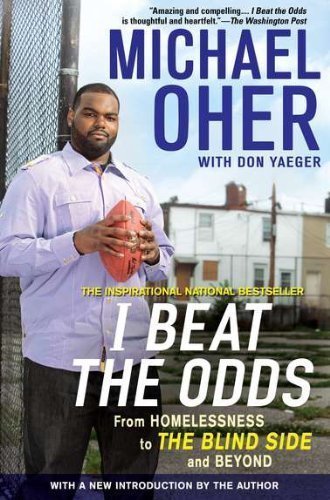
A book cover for I Beat the Odds: From Homelessness, to the Blind Side, and Beyond of Oher, Michael Reprint Edition on 07 February 2012; History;